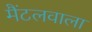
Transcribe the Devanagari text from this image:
मैंटलवाला